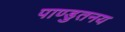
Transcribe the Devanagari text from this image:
पाण्डुतनय